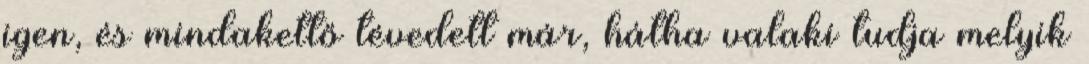
igen, és mindakettő tévedett már, hátha valaki tudja melyik